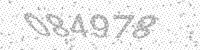
Solution: 084978